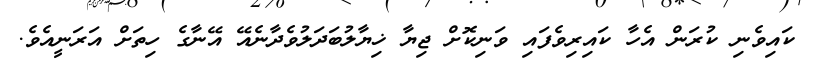
ކައިވެނި ކުރަން އެހާ ކައިރިވެފައި ވަނިކޮށް ޖިޔާ ޚިޔާލުބަދަލުވެދާނެއޭ އޭނާގެ ހިތަށް އަރަނީއެވެ.